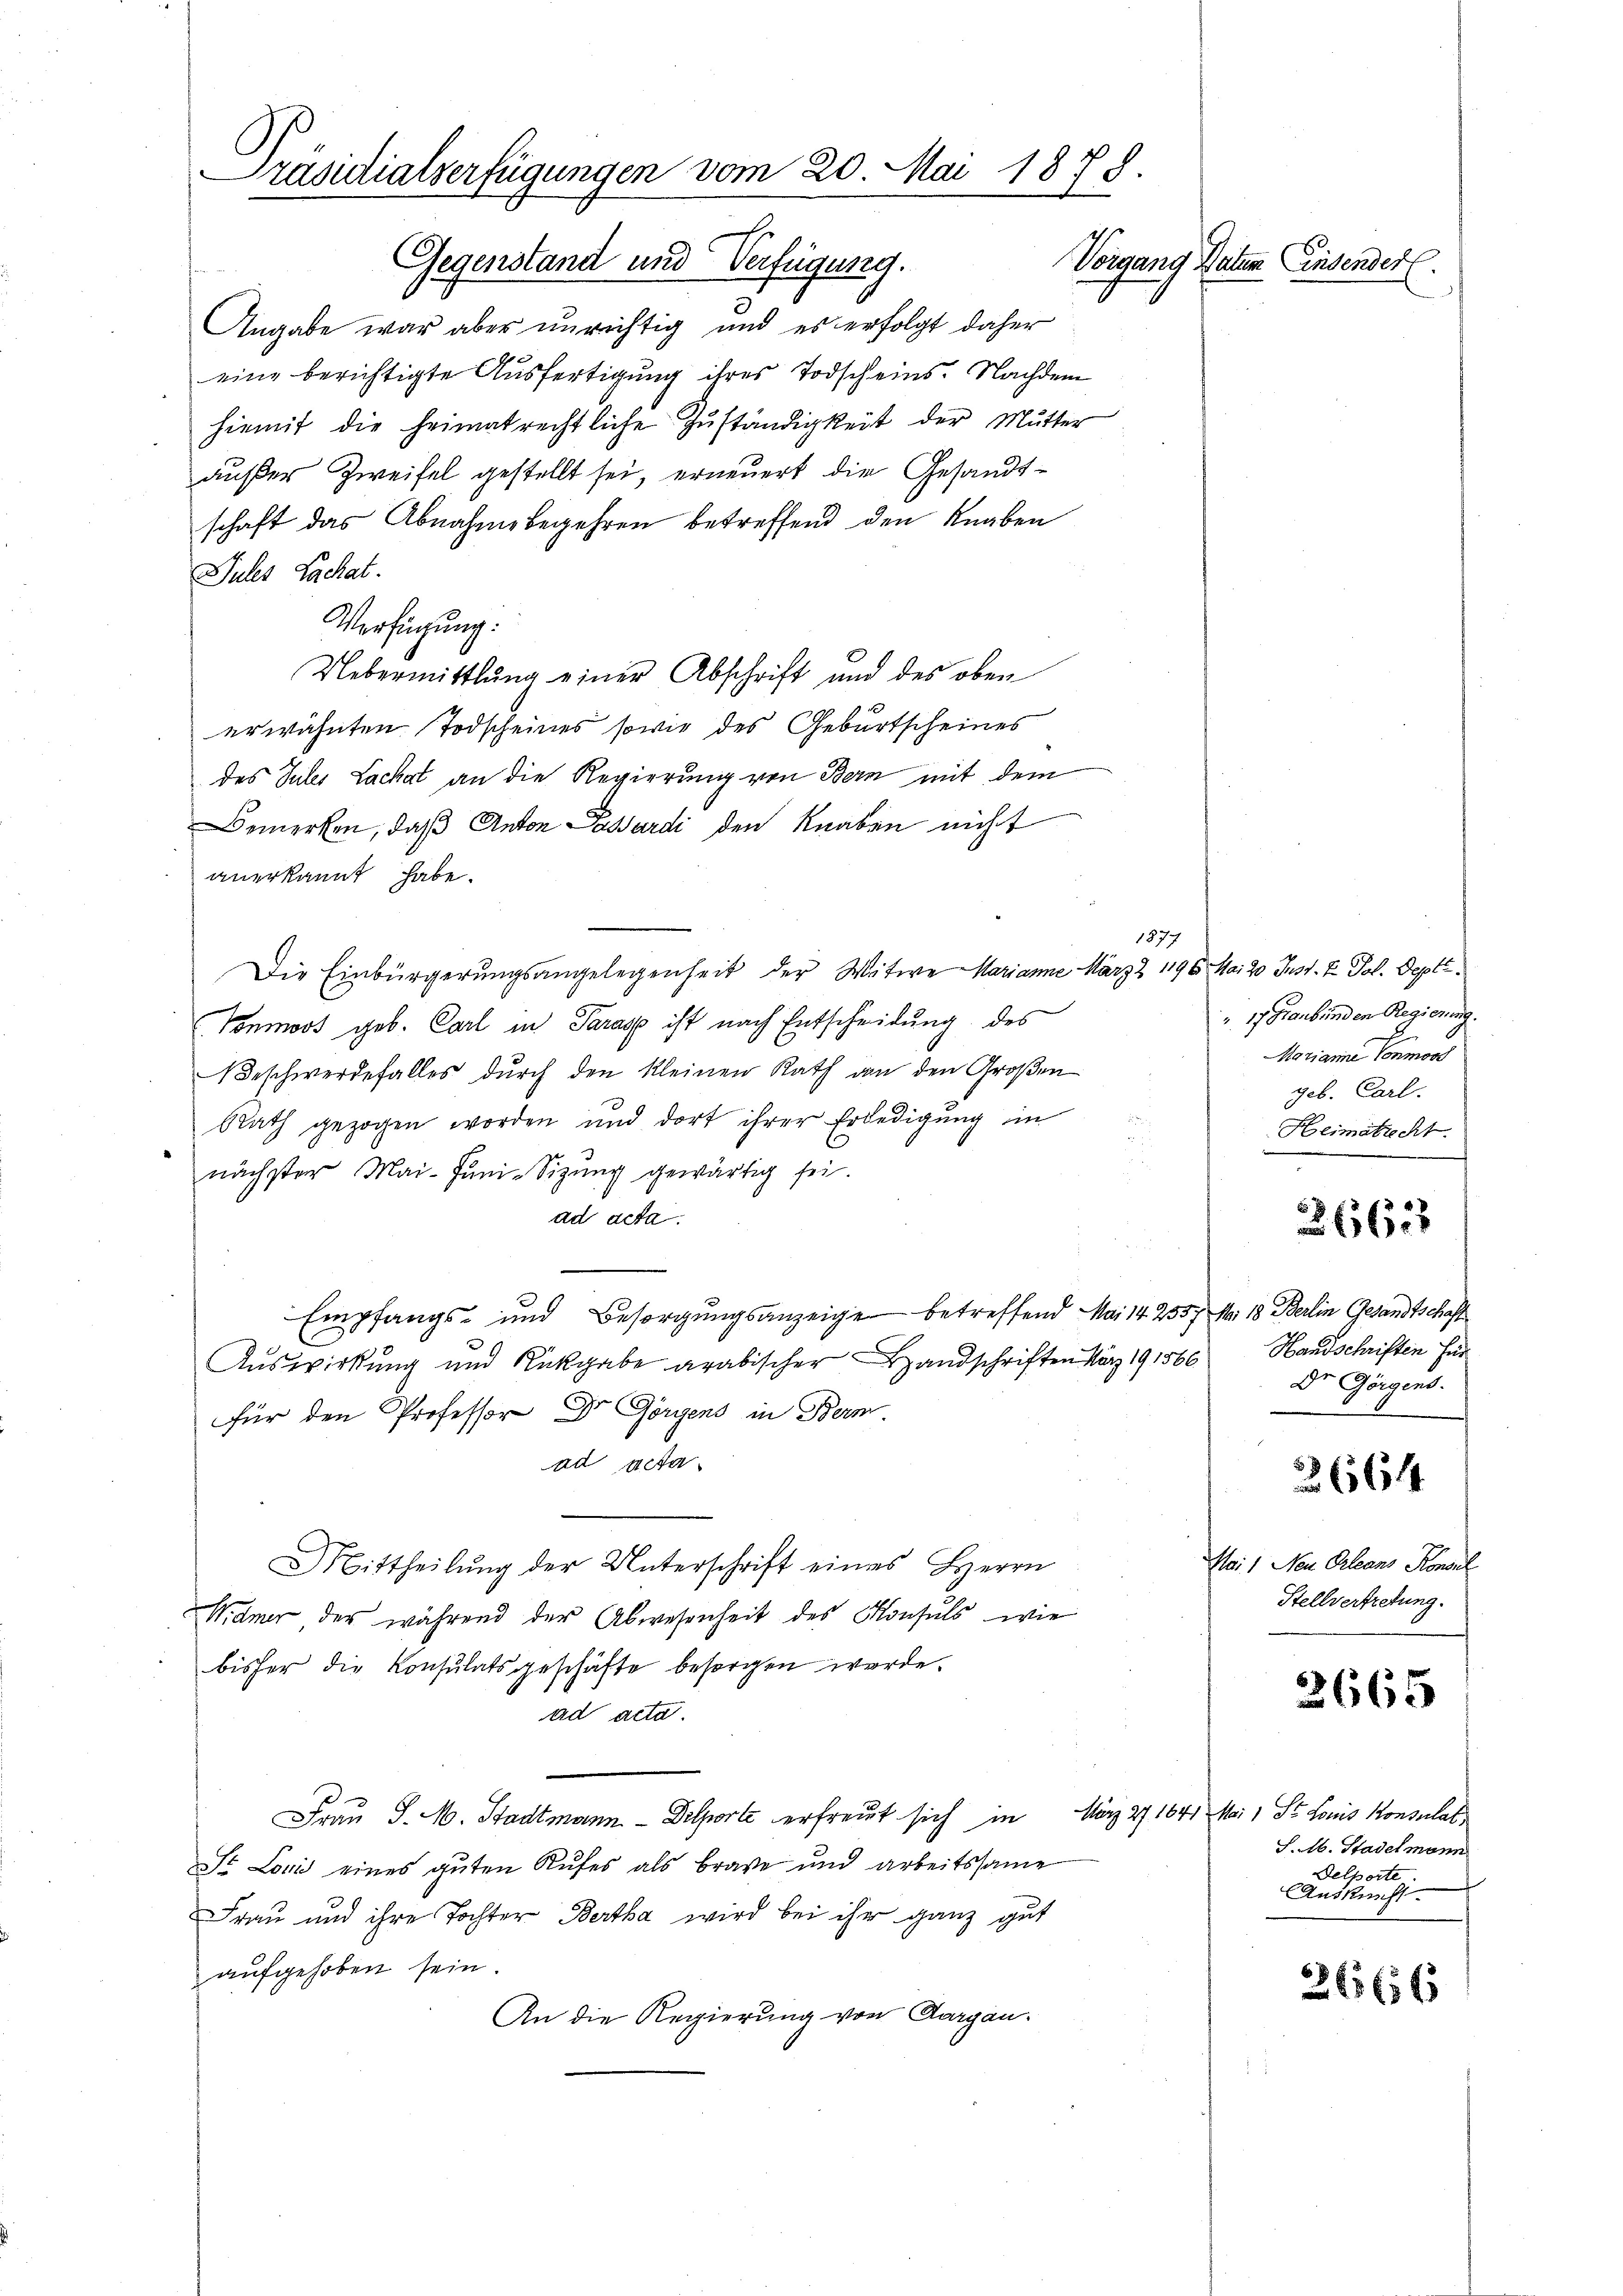
Präsidialverfügungen vom 20. Mai 1878.
Vorgang Datum Einsender
Gegenstand und Verfügung.

Angabe war aber unrichtig und es erfolgt daher
eine berichtigte Ausfertigung ihres Todscheins. Nachdem
hiemit die heimatrechtliche Zŭständigkeit der Mutter
außer Zweifel gestellt sei, erneuert die Gesandtschaft das Abnahmebegehren betreffend den Knaben
Jules Lachat.
Verfügung:
Uebermittlung einer Abschrift und des oben
erwähnten Todscheines sowie des Geburtscheines
des Sules Lachat an die Regierung von Bern mit dem
Bemerken, daß Anton Passardi den Knaben nicht
anerkannt habe.
Die Einbürgerungsangelegenheit der Witwe Marianne März Z 1196. Mai 20. Just. I. Pol. Depti
Tonmoos geb. Carl in Parage ist nach Entscheidung des
eschwerdefalles durch den kleinen Rath an den Großen
e
Rath gezogen worden und dort ihrer Erledigung in
2
2
nächster Mai-Juni-Sizŭng gewärtig sei.
ad acta.
Empfangs- und Besorgungsanzeige betreffend Mai 142557 Nr. 18 Berlin Gesandtschaft
Auswirkung und Rückgabe arabischer Handschriften März 191566
für den Professor Dr Görgens in Bern.
ad acta
Mittheilŭng der Unterschrift eines Herrn
Widmer der während der Abwesenheit des Konsuls, wie
bisher die Konsulatsgeschäfte besorgen werde.
ad acta.
Frau S. M. Stadtmann - Dilporte erfreut sich in März 27 1641 Mai 1 St. Louis Konsulat
St. Loni eines guten Rufes als brave und arbeitssame
Frau und ihre Tochter Bertha wird bei ihr ganz gut
aufgehoben sein.
An die Regierung von Aargau.

1377

" 17 Graubünden Regierung.
Marianne Conmord
geb. Carl.
Heimatrecht.

2663

Handschriften für
Dr Görgens.

3664

Mai, Neu Orleans Konsul
Stellvertretung.

3665

S. 16. Stadelmann
Delporte
Auskunft.

2665 f